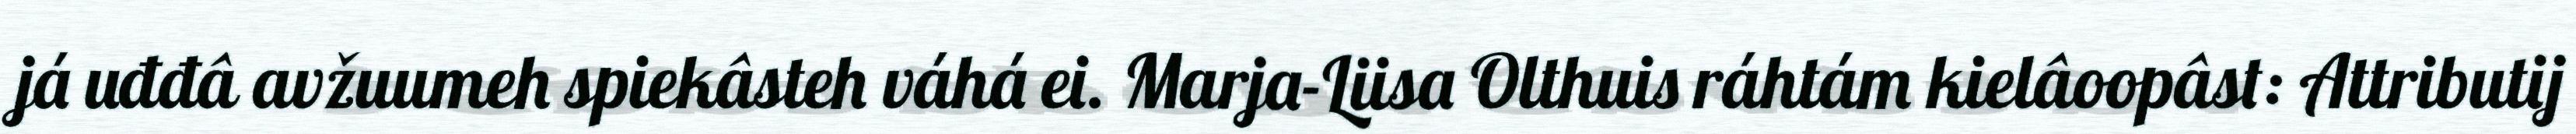
já uđđâ avžuumeh spiekâsteh váhá ei. Marja-Liisa Olthuis ráhtám kielâoopâst: Attributij